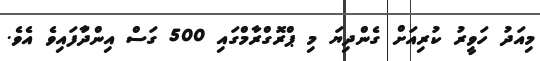
މިއަދު ހަވީރު ކުރިއަށް ގެންދިޔަ މި ޕްރޮގްރާމްގައި 500 ގަސް އިންދާަފައިވެ އެވެ.